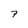
Character: 7